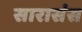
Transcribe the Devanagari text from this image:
सारासंस